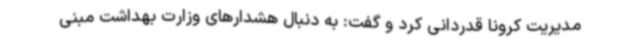
مدیریت کرونا قدردانی کرد و گفت: به دنبال هشدارهای وزارت بهداشت مبنی